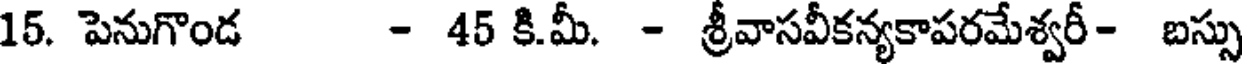
15. పెనుగొండ - 45 కి.మీ. - శ్రీవాసవీకన్యకాపరమేశ్వరీ- బస్సు